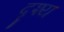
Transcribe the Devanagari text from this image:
दृश्‍य